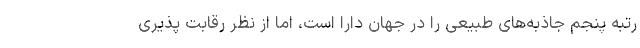
رتبه پنجم جاذبه‌های طبیعی را در جهان دارا است، اما از نظر رقابت پذیری